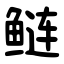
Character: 鲢